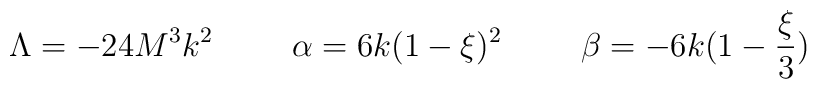
\Lambda = -24 M^3 k^2\hspace{1.0cm}\alpha = 6k (1 - \xi)^2\hspace{1.0cm}\beta = -6k (1 - \frac{\xi}{3})